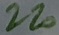
Text: 220